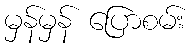
မှန်မှန် ပြောစမ်း